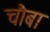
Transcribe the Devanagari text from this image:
चौबा